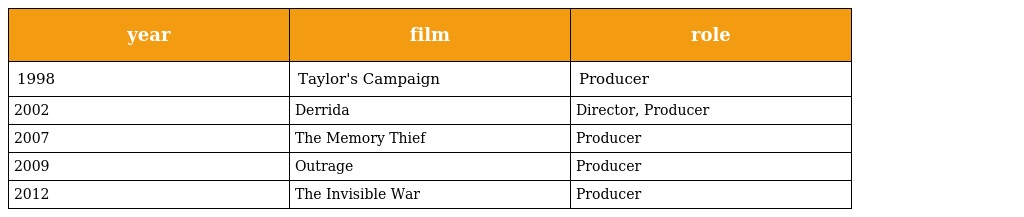
| year | film | role |
 | --- | --- | --- |
 | 1998 | Taylor's Campaign | Producer |
 | 2002 | Derrida | Director, Producer |
 | 2007 | The Memory Thief | Producer |
 | 2009 | Outrage | Producer |
 | 2012 | The Invisible War | Producer |